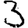
Digit: 3